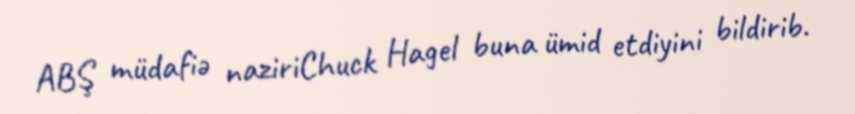
ABŞ müdafiə naziriChuck Hagel buna ümid etdiyini bildirib.